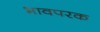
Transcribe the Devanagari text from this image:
भावपरक